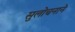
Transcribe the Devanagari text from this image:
सुलोचनाने